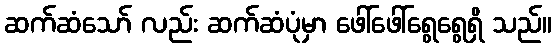
ဆက်ဆံသော် လည်း ဆက်ဆံပုံမှာ ဖေါ်ဖေါ်ရွေရွေရှိ သည်။